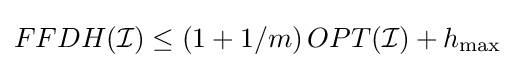
FFDH({\mathcal {I}})\leq \left(1+1/m\right)OPT({\mathcal {I}})+h_{\max }